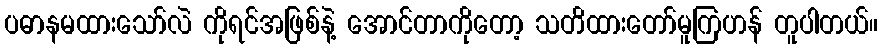
ပဓာနမထားသော်လဲ ကိုရင်အဖြစ်နဲ့ အောင်တာကိုတော့ သတိထားတော်မူကြဟန် တူပါတယ်။